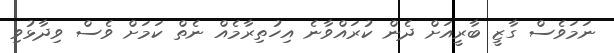
ނަމަވެސް ގާޒީ ބާރީއަށް ދެން ކުރައްވާނެ އިހުތިރާމެއް ނެތް ކަމަށް ވެސް ވިދާޅުވި